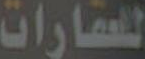
للعقارات